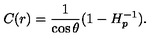
C ( r ) = { \frac { 1 } { \cos \theta } } ( 1 - H _ { p } ^ { - 1 } ) .